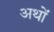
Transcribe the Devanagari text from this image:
अथों